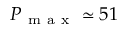
P _ { \mathrm { ~ m ~ a ~ x ~ } } \simeq 5 1